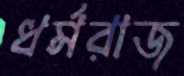
ধর্মরাজ